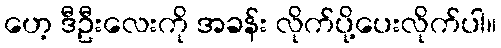
ဟေ့ ဒီဦးလေးကို အခန်း လိုက်ပို့ပေးလိုက်ပါ။